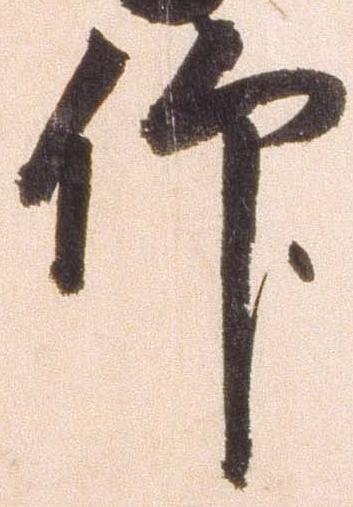
仰